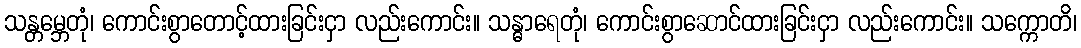
သန္တမ္ဘေတုံ၊ ကောင်းစွာတောင့်ထားခြင်းငှာ လည်းကောင်း။ သန္ဓာရေတုံ၊ ကောင်းစွာဆောင်ထားခြင်းငှာ လည်းကောင်း။ သက္ကောတိ၊